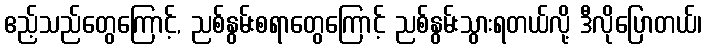
ဧည့်သည်တွေကြောင့်, ညစ်နွမ်းစရာတွေကြောင့် ညစ်နွမ်းသွားရတယ်လို့ ဒီလိုပြောတယ်၊